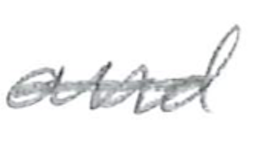
Text: and
Cross-out: single-line
Writing tool: pencil